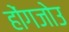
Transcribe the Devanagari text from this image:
होंगजोउ